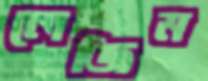
লেজিম